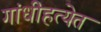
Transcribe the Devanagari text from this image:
गांधीहत्येत